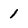
Character: 1